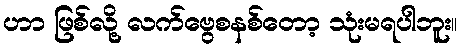
ဟာ ဖြစ်လို့ လက်ဗွေစနစ်တော့ သုံးမရပါဘူး။